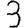
Digit: 3